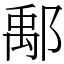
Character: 鄅